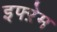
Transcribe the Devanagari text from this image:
इफ्ऱेम